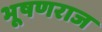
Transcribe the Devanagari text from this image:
भूषणराज